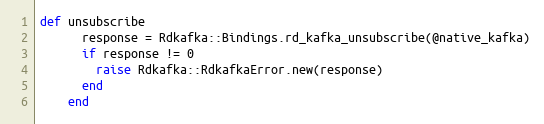
Language: Ruby
def unsubscribe
      response = Rdkafka::Bindings.rd_kafka_unsubscribe(@native_kafka)
      if response != 0
        raise Rdkafka::RdkafkaError.new(response)
      end
    end